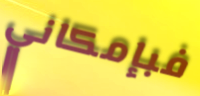
فبإمكاني